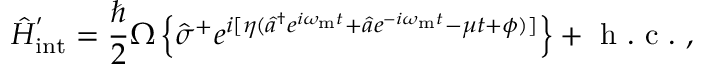
\hat { H } _ { \mathrm { i n t } } ^ { ' } = \frac { \hbar } { 2 } \Omega \left\{ \hat { \sigma } ^ { + } e ^ { i [ \eta ( \hat { a } ^ { \dagger } e ^ { i \omega _ { \mathrm { m } } t } + \hat { a } e ^ { - i \omega _ { \mathrm { m } } t } - \mu t + \phi ) ] } \right\} + \mathrm { ~ h ~ . ~ c ~ . ~ } ,